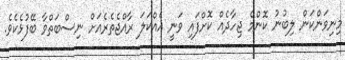
މިނިވަންކަން ލިބުނު ކޮންމެ ޖިހާދެއް ކޮށްފައި ވަނީ އެއްކަލަ ރާއްޖެތެރެއަށް ނިސްބަތްވާ ބޭފުޅެކެވެ.